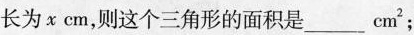
长为x cm，则这个三角形的面积是___cm^{2}；